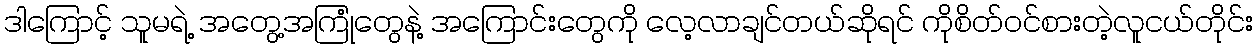
ဒါကြောင့် သူမရဲ့ အတွေ့အကြုံတွေနဲ့ အကြောင်းတွေကို လေ့လာချင်တယ်ဆိုရင် ကိုစိတ်ဝင်စားတဲ့လူငယ်တိုင်း